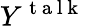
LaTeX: Y^{\mathrm{~t~a~l~k~}}